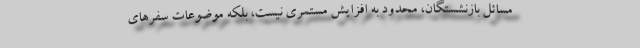
مسائل بازنشستگان، محدود به افزایش مستمری نیست، بلکه موضوعات سفرهای